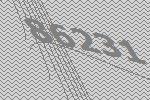
86231